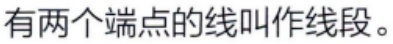
有两个端点的线叫作线段。